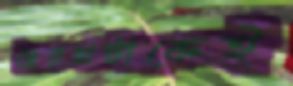
দ্বৈরথটাকেই